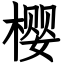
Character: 樱